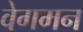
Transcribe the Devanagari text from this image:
वेगमन